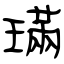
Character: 璊